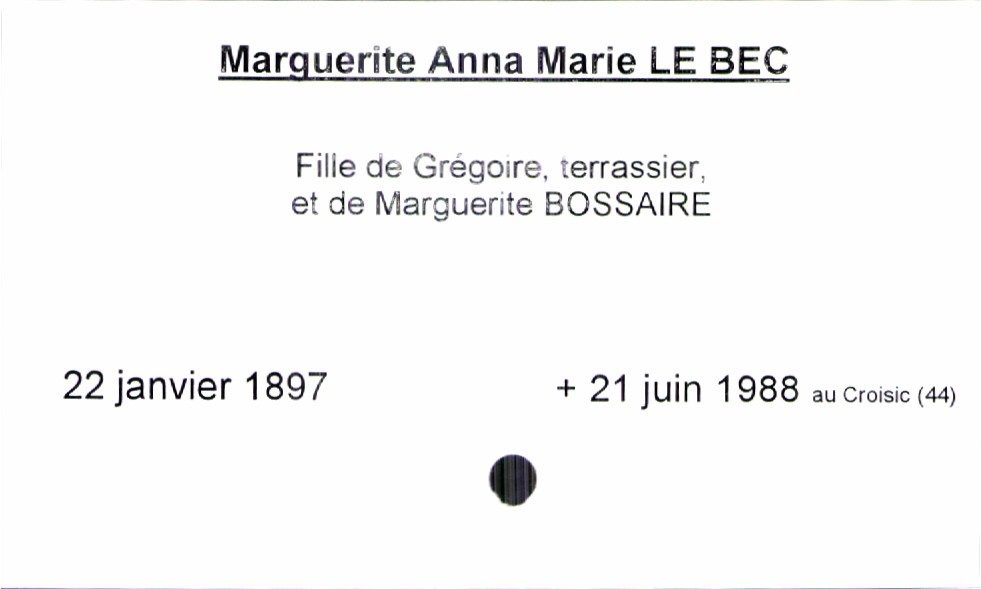
type_acte: Baptême
filiation: fille
enfant_prénom: Marguerite Anna Marie
enfant_date_de_naissance: 22 janvier 1897
enfant_date_de_décès: 21 juin 1988
enfant_lieu_de_décès: Croisic (44)
père_enfant_nom: Le Bec
père_enfant_prénom: Grégoire
père_enfant_profession: terrassier
mère_enfant_nom: Bossaire
mère_enfant_prénom: Marguerite